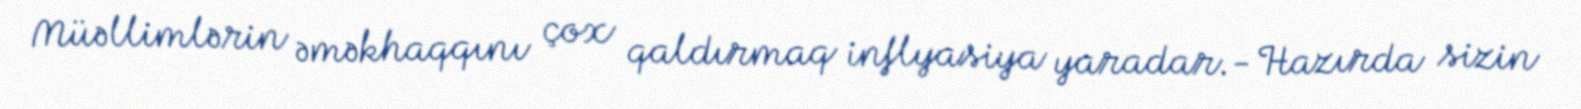
Müəllimlərin əməkhaqqını çox qaldırmaq inflyasiya yaradar.- Hazırda sizin